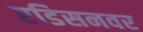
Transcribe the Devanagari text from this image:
एडिसनवर